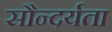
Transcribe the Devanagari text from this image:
सौन्‍दर्यता